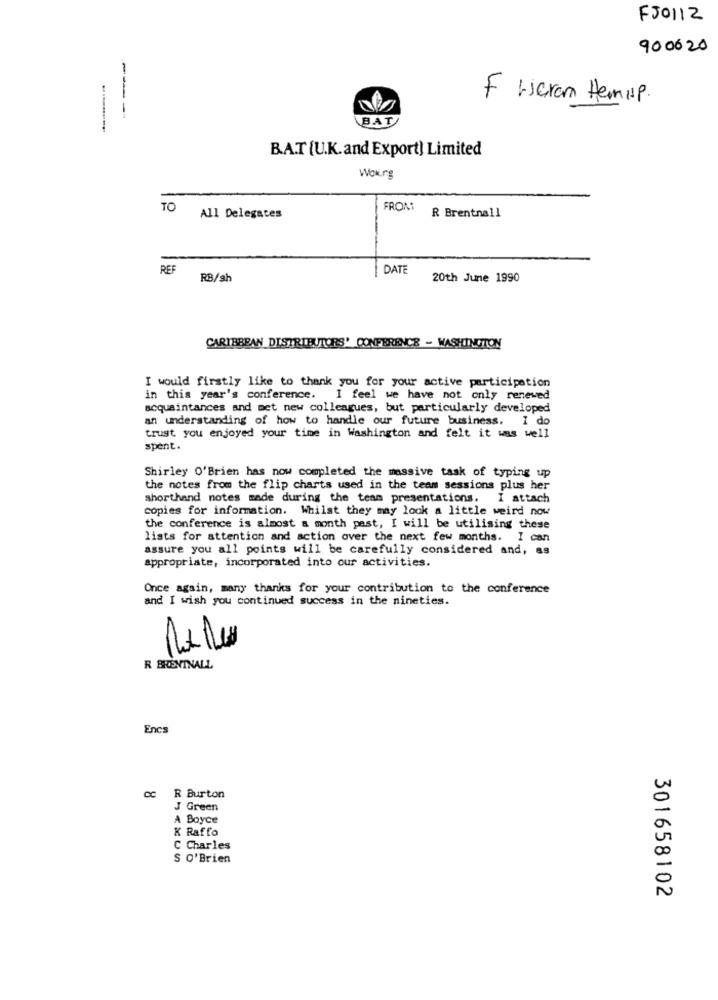
FJ0112
900020
F Weran Hem up .
---
BAT
B.A.T [U.K.and Export) Limited
Wok.rg
TO
FROM
R Brentnall
All Delegates
REF
DATE
RB/sh
20th June 1990
CARIBBEAN DISTRIBUTORS' CONFERENCE - WASHINGTON
I would firstly like to thank you for your active participation
in this year's conference. I feel we have not only renewed
acquaintances and met new colleagues, but particularly developed
an understanding of how to handle our future business. I do
trust you enjoyed your time in Washington and felt it was well
spent.
Shirley O'Brien has now completed the massive task of typing up
the notes from the flip charts used in the team sessions plus her
shorthand notes made during the team presentations. I attach
copies for information. Whilst they may look a little weird now
the conference is almost a month pest, I will be utilising these
lists for attention and action over the next few months. I can
assure you all points will be carefully considered and, as
appropriate, incorporated into our activities.
Once again, many thanks for your contribution to the conference
and I wish you continued success in the nineties.
3
R BRENTNALL
Encs
R Burton
J Green
A Boyce
K Raffo
C Charles
S O'Brien
301658102